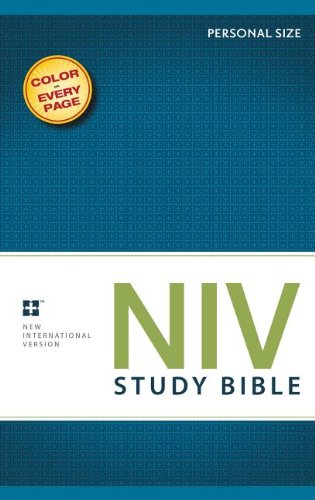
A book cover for NIV Study Bible, Personal Size, Paperback; Zondervan; Christian Books & Bibles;